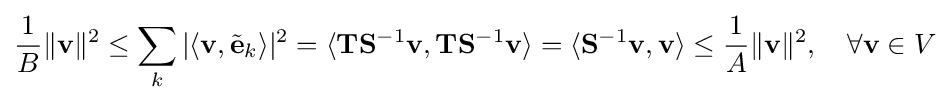
{\frac {1}{B}}\|\mathbf {v} \|^{2}\leq \sum _{k}|\langle \mathbf {v} ,{\tilde {\mathbf {e} }}_{k}\rangle |^{2}=\langle \mathbf {T} \mathbf {S} ^{-1}\mathbf {v} ,\mathbf {T} \mathbf {S} ^{-1}\mathbf {v} \rangle =\langle \mathbf {S} ^{-1}\mathbf {v} ,\mathbf {v} \rangle \leq {\frac {1}{A}}\|\mathbf {v} \|^{2},\quad \forall \mathbf {v} \in V